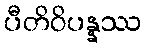
ပီတိဝိပန္နဿ